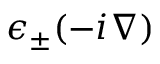
\epsilon _ { \pm } ( - i \boldsymbol { \nabla } )